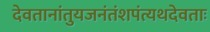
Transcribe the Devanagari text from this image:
देवतानांतुयजनंतंशपंत्यथदेवताः